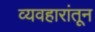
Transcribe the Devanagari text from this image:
व्यवहारांतून